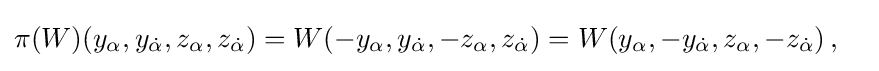
{\begin{aligned}\pi (W)(y_{\alpha },y_{\dot {\alpha }},z_{\alpha },z_{\dot {\alpha }})&={W}(-y_{\alpha },y_{\dot {\alpha }},-z_{\alpha },z_{\dot {\alpha }})={W}(y_{\alpha },-y_{\dot {\alpha }},z_{\alpha },-z_{\dot {\alpha }})\,,\end{aligned}}